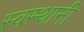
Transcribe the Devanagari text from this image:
स्वस्थानीं